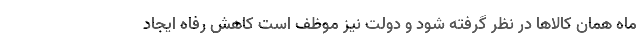
ماه همان کالاها در نظر گرفته شود و دولت نیز موظف است کاهش رفاه ایجاد